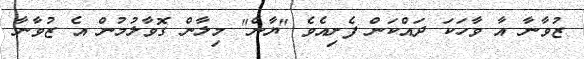
ޒުވާނާ އާ ވާހަކަ ދައްކަން ފެށިއެވެ "ޔާން" މިލާން ގޮވާލުމުން އެ ޒުވާނާ